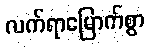
လက်ရာမြောက်စွာ